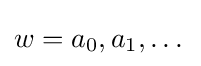
w=a_{0},a_{1},\dots